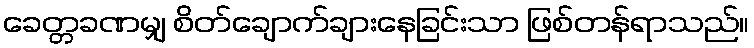
ခေတ္တခဏမျှ စိတ်ချောက်ချားနေခြင်းသာ ဖြစ်တန်ရာသည်။